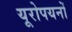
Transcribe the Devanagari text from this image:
यूरोपयनों